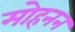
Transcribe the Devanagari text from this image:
मोहनन